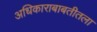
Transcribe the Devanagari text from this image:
अधिकाराबाबतीतला